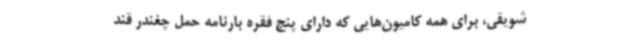
شویقی، برای همه کامیون‌هایی که دارای پنج فقره بارنامه حمل چغندر قند